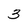
Character: 3